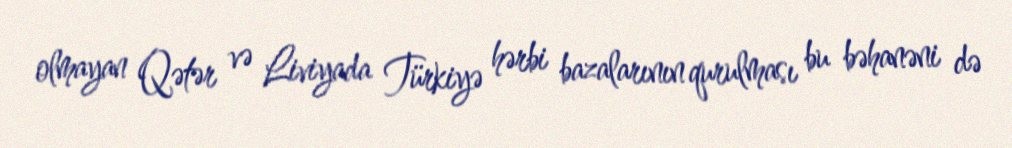
olmayan Qətər və Liviyada Türkiyə hərbi bazalarının qurulması bu bəhanəni də